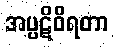
အပ္ပဋိဝိရတာ